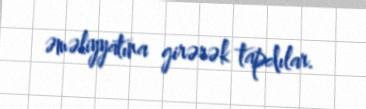
əməliyyatına girərək tapdılar.